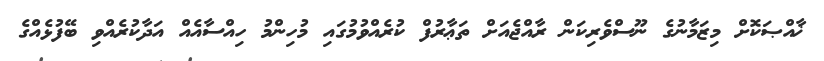
ޚާއްޞަކޮށް މިޒަމާނުގެ ނޫސްވެރިކަން ރާއްޖެއަށް ތަޢާރުފް ކުރެއްވުމުގައި މުހިންމު ހިއްސާއެއް އަދާކުރެއްވި ބޭފުޅެއްގެ